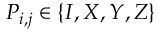
P _ { i , j } \in \{ I , X , Y , Z \}